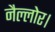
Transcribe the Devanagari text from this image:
नैल्‍लोर।